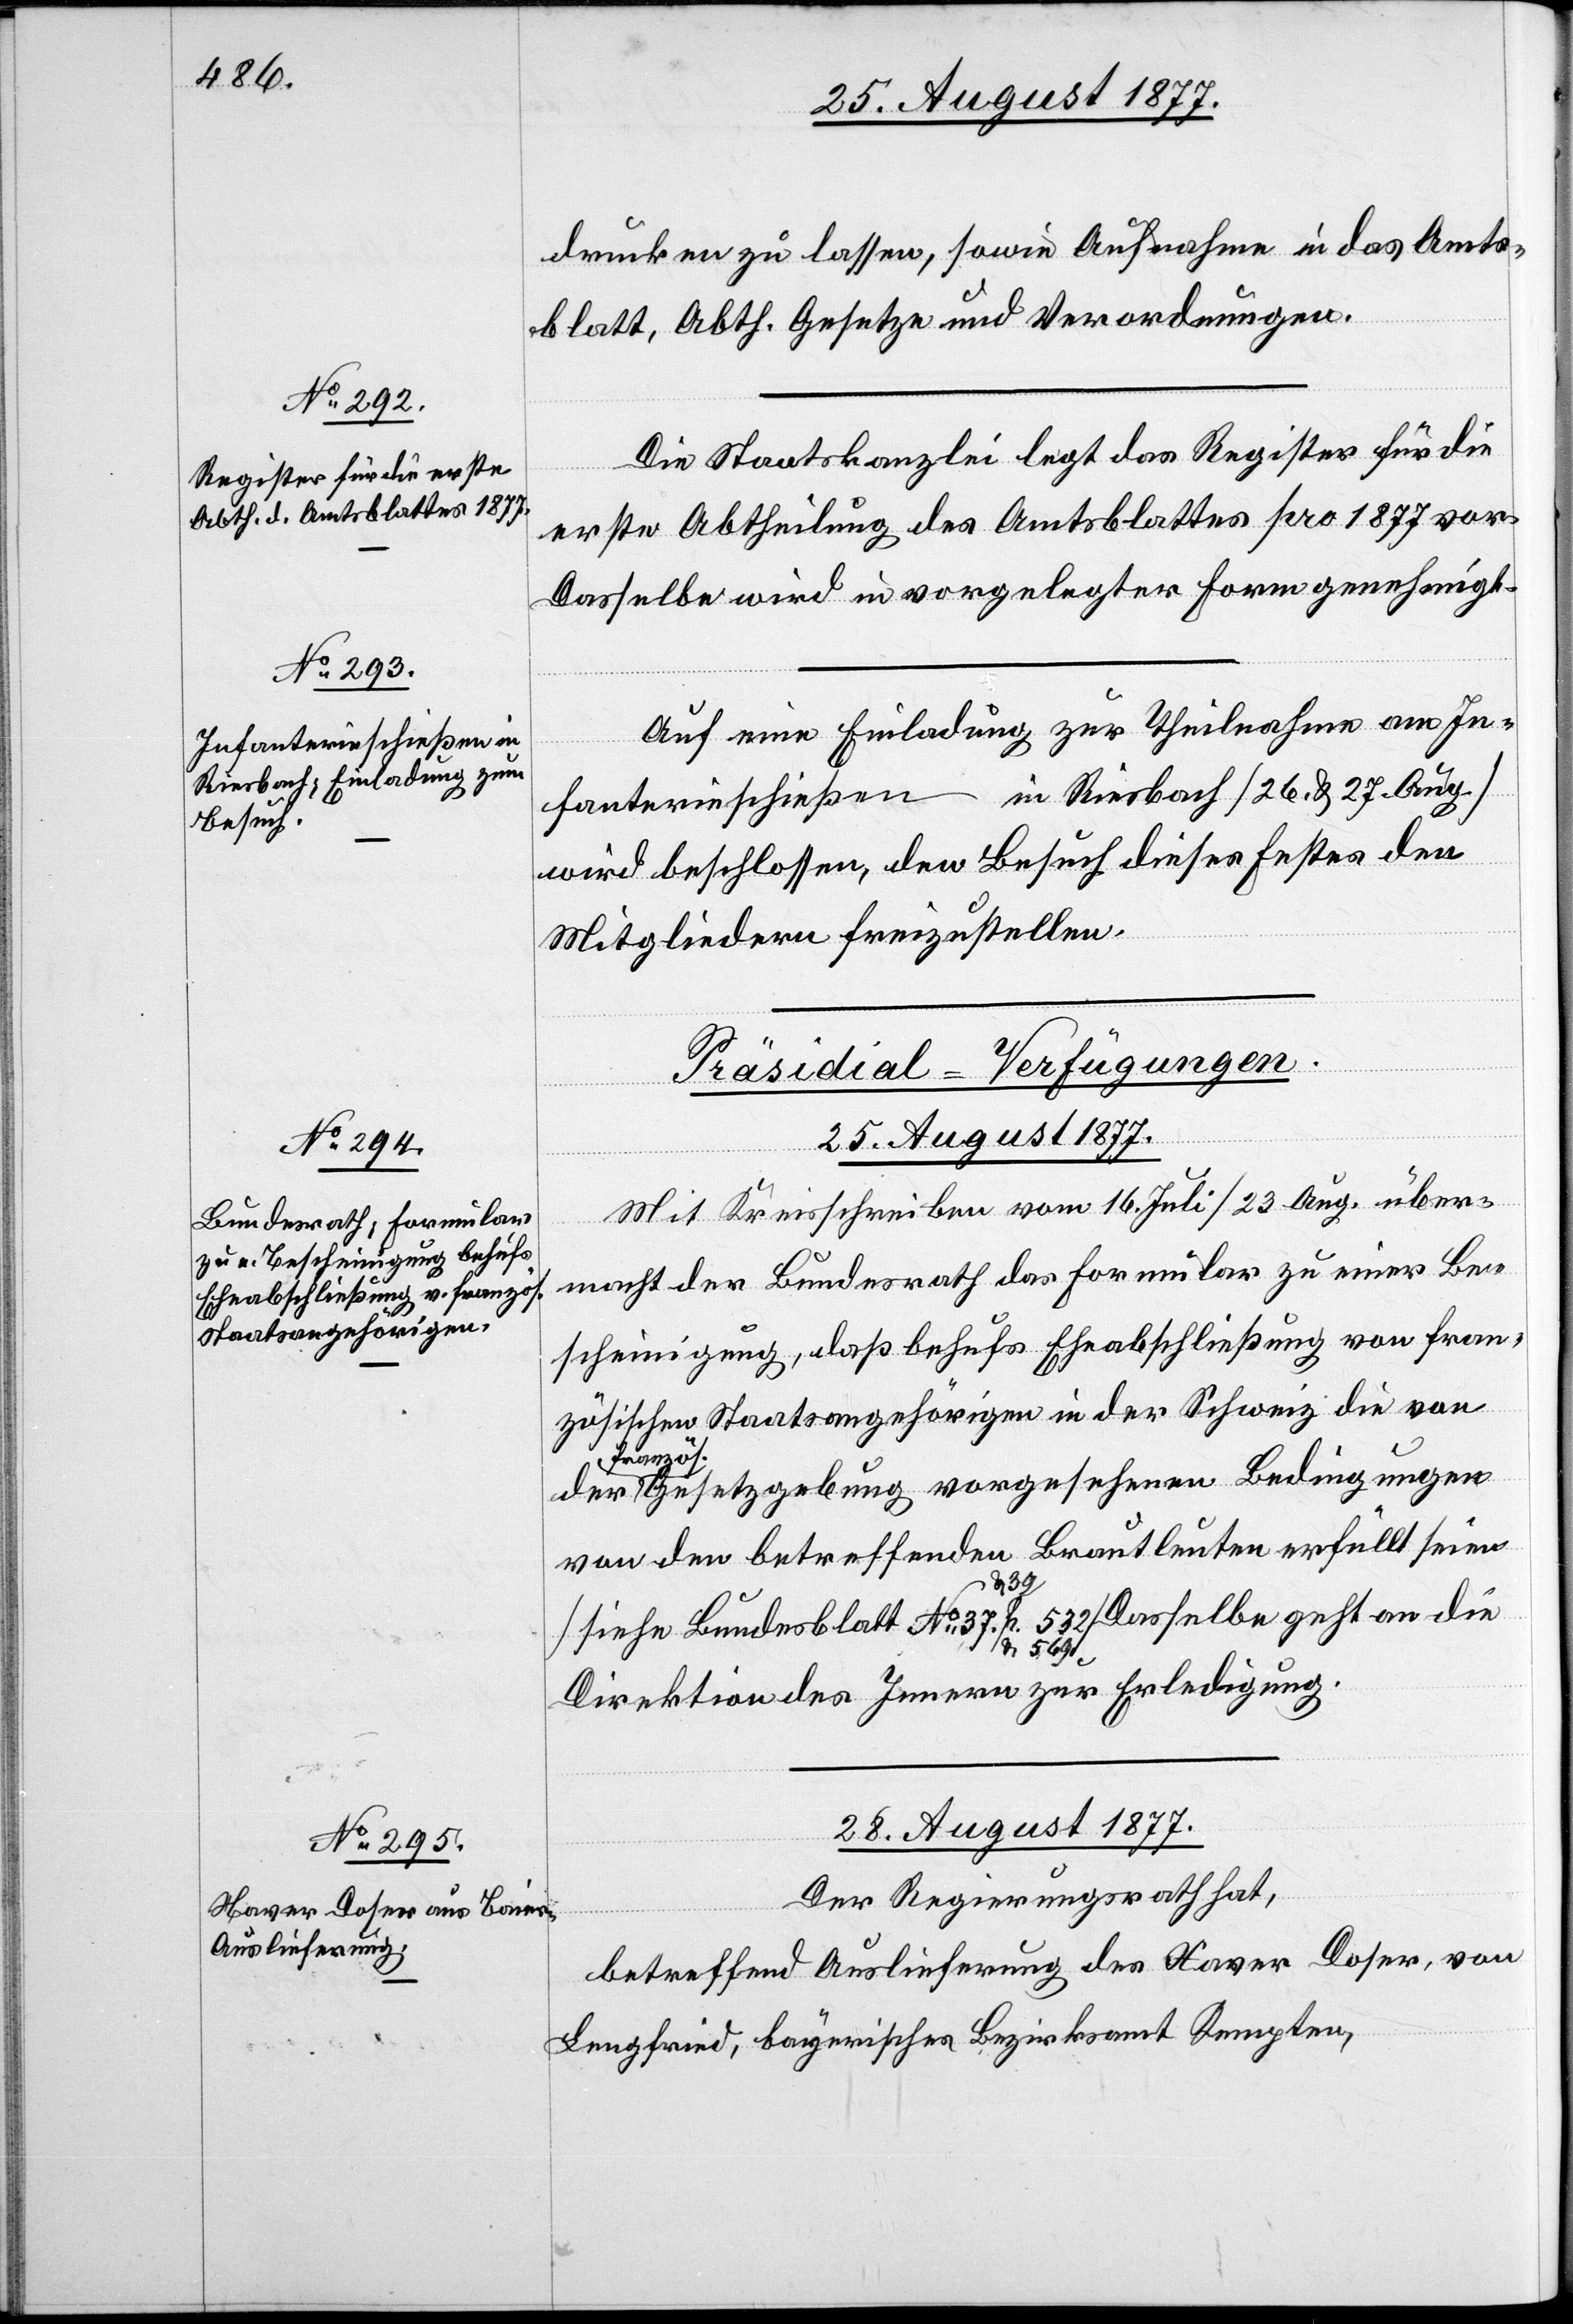
No 37.

28. August 1877.
drucken zu lassen, sowie Aufnahme in das Amts¬
blatt, Abth. Gesetze und Verordnungen.
Die Staatskanzlei legt das Register für die
erste Abtheilung des Amtsblattes pro 1877 vor.
Dasselbe wird in vorgelegter Form genehmigt.
Auf eine Einladung zur Theilnahme am In¬
fanterieschießen in Riesbach [26. & 27. Aug.]
wird beschlossen, den Besuch dieses Festes den
Mitgliedern freizustellen.
[Präsidial-Verfügungen.]
an die
Mit Kreisschreiben vom 16. Juli / 23. Aug. über¬
macht der Bundesrath das Formular zu einer Be¬
scheinigung, daß behufs Eheabschließung von fran¬
zösischen Staatsangehörigen in der Schweiz die von
französ.
Gesetzgebung vorgesehenen Bedingungen
von den betreffenden Brautleuten erfüllt seien
39 p.
& 569.]
Direktion des Innern zur Erledigung.
Der Regierungsrath hat,
betreffend Auslieferung des Xaver Doser, von
Lengfried, bayerisches Bezirksamt Kempten,